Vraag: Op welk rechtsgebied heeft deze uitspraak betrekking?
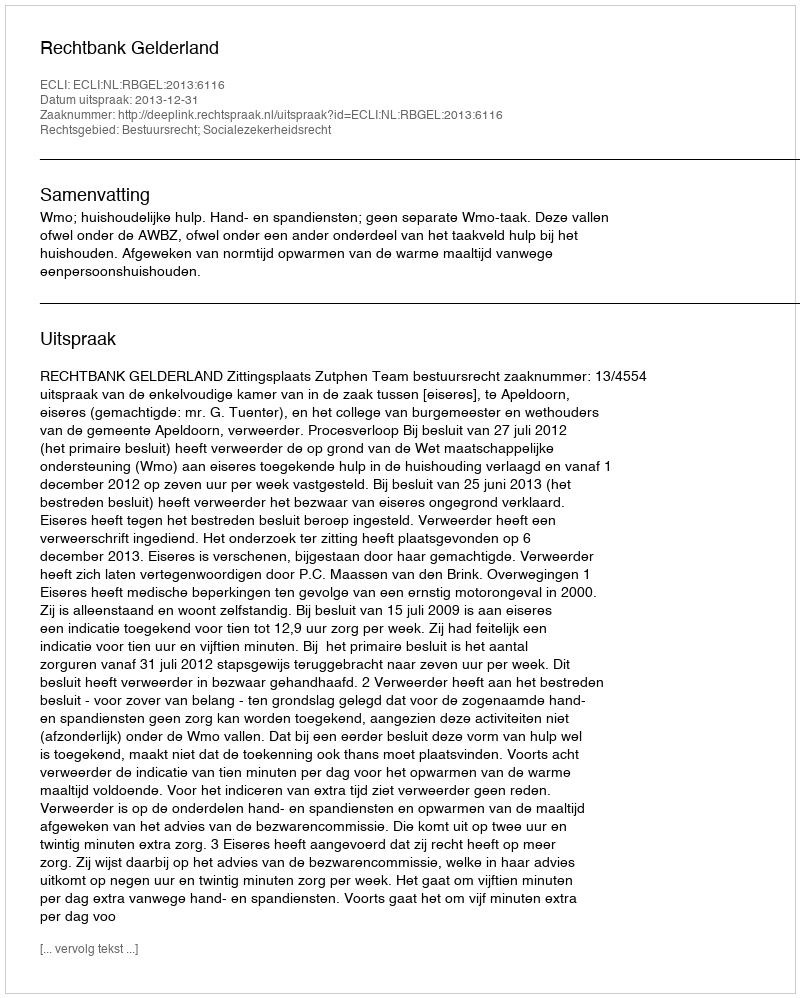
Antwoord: Bestuursrecht; Socialezekerheidsrecht